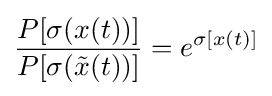
{\frac {P[\sigma (x(t))]}{P[\sigma ({\tilde {x}}(t))]}}=e^{\sigma [x(t)]}